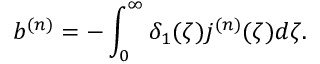
b ^ { ( n ) } = - \int _ { 0 } ^ { \infty } \delta _ { 1 } ( \zeta ) j ^ { ( n ) } ( \zeta ) d \zeta .